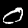
Label: 0